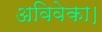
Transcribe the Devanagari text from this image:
अविवेका।